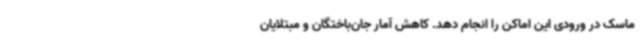
ماسک در ورودی این اماکن را انجام دهد. کاهش آمار جان‌باختگان و مبتلایان